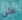
طن